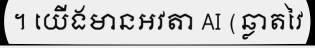
។ យើងមានអវតា AI (ឆ្លាតវៃ